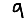
Digit: 9